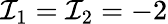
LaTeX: \mathcal{I}_{1}=\mathcal{I}_{2}=-2